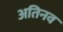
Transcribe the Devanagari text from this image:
अतिनव